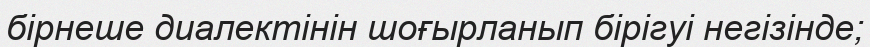
бірнеше диалектінін шоғырланып бірігуі негізінде;